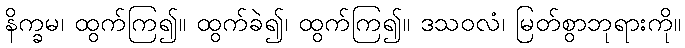
နိက္ခမ၊ ထွက်ကြ၍။ ထွက်ခဲ၍၊ ထွက်ကြ၍။ ဒသဝလံ၊ မြတ်စွာဘုရားကို။